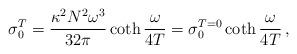
LaTeX: \begin{align*}\sigma_0^T = \frac{\kappa^2 N^2 \omega^3}{32 \pi}\coth{\frac{\omega}{4T}} = \sigma_0^{T=0}\coth{\frac{\omega}{4T}}\,,\end{align*}